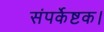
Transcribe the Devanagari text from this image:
संपर्केष्टक।